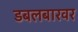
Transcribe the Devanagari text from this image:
डबलबारवर